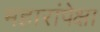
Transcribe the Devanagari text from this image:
महारांपेक्षा